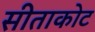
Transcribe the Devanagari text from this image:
सीताकोट